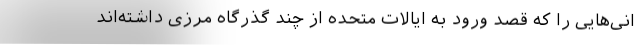
انی‌هایی را که قصد ورود به ایالات متحده از چند گذرگاه مرزی داشته‌اند